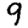
Digit: 9